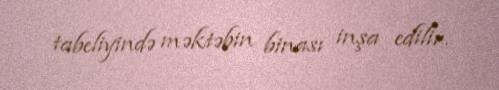
tabeliyində məktəbin binası inşa edilir.